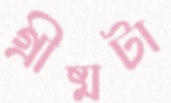
গ্রীষ্মটা